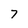
Character: 7